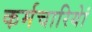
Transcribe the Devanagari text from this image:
कर्मचारियेां